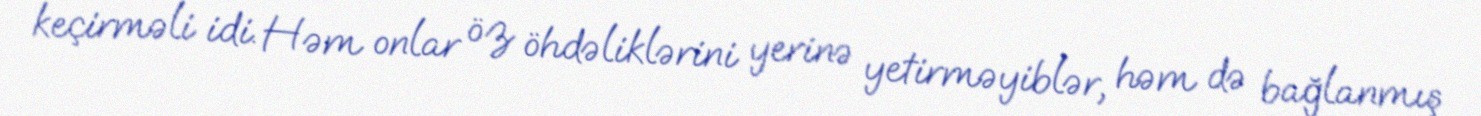
keçirməli idi. Həm onlar öz öhdəliklərini yerinə yetirməyiblər, həm də bağlanmış